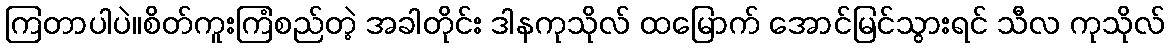
ကြတာပါပဲ။စိတ်ကူးကြံစည်တဲ့ အခါတိုင်း ဒါနကုသိုလ် ထမြောက် အောင်မြင်သွားရင် သီလ ကုသိုလ်